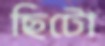
ছিটো